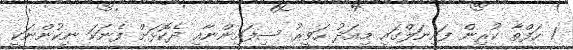
1 ހަފްތާ ކުރިން ފައިނަލްގައި މިއަދު ހަވީރު ސިފައިންނާއި ދެކޮޅަށް ފެނަކަ ނިކުންނަކީ